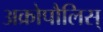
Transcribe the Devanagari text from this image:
अक्रोपौलिस्‌